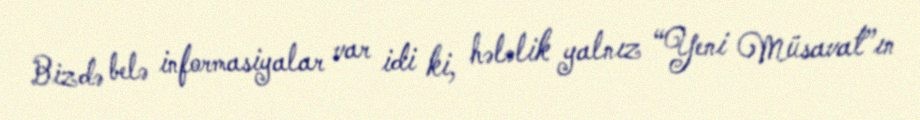
Bizdə belə informasiyalar var idi ki, hələlik yalnız “Yeni Müsavat”ın